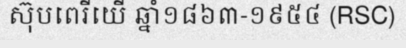
ស៊ុបពេរីយើ ឆ្នាំ១៨៦៣-១៩៥៤ (RSC)